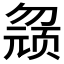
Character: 𱑀